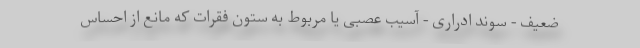
ضعیف - سوند ادراری - آسیب عصبی یا مربوط به ستون فقرات که مانع از احساس